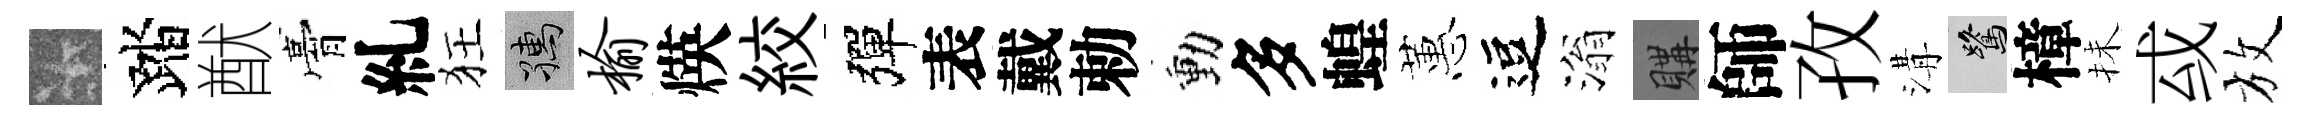
卡踏猷膏糺狂孺榆煐絞彈表戴勅動多蝗蕙逗滃購師孜溝鷺樟抺㦯放